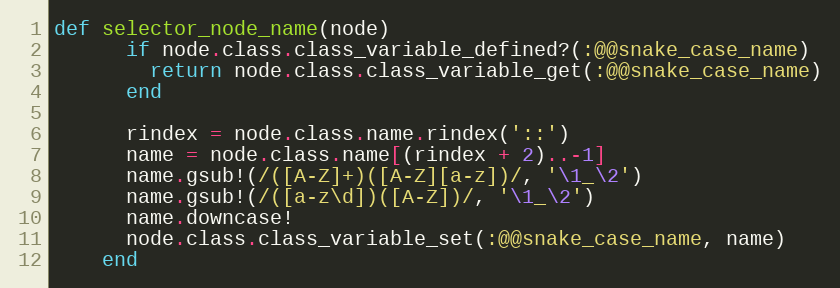
Language: Ruby
def selector_node_name(node)
      if node.class.class_variable_defined?(:@@snake_case_name)
        return node.class.class_variable_get(:@@snake_case_name)
      end

      rindex = node.class.name.rindex('::')
      name = node.class.name[(rindex + 2)..-1]
      name.gsub!(/([A-Z]+)([A-Z][a-z])/, '\1_\2')
      name.gsub!(/([a-z\d])([A-Z])/, '\1_\2')
      name.downcase!
      node.class.class_variable_set(:@@snake_case_name, name)
    end